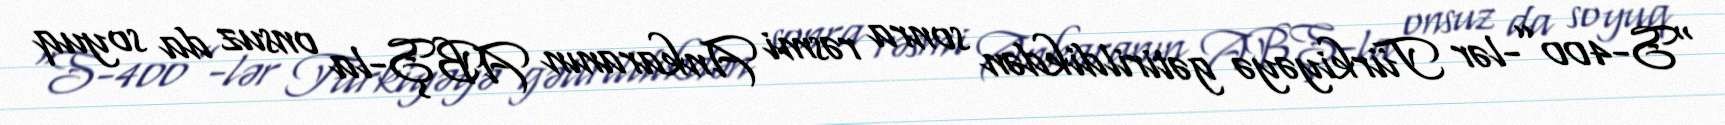
“S-400”-lər Türkiyəyə gətirildikdən sonra rəsmi Ankaranın ABŞ-la onsuz da soyuq